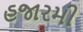
હજારમી